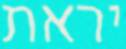
יראת